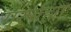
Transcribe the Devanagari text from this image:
गुरुर्ब्रह्मा